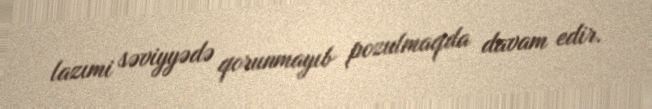
lazımi səviyyədə qorunmayıb pozulmaqda davam edir.